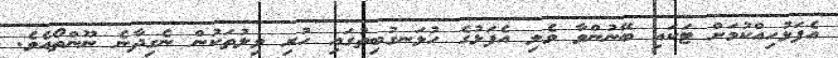
އެފަޅުހިއްކުމަށް ޓަކައި ބޭނުންވާ ވެލި އެފަޅުގެ ހުޅަނގުބިތުގައި ހުރި ވިލުތަކުން ނެގިދާނެ ނޫންތޯއެވެ.